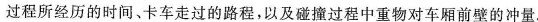
过程所经历的时间、卡车走过的路程，以及碰撞过程中重物对车厢前壁的冲量.